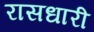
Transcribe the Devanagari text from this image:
रासधारी